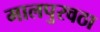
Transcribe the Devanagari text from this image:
मालपुरवठा